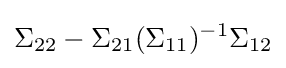
\Sigma _{22}-\Sigma _{21}(\Sigma _{11})^{-1}\Sigma _{12}